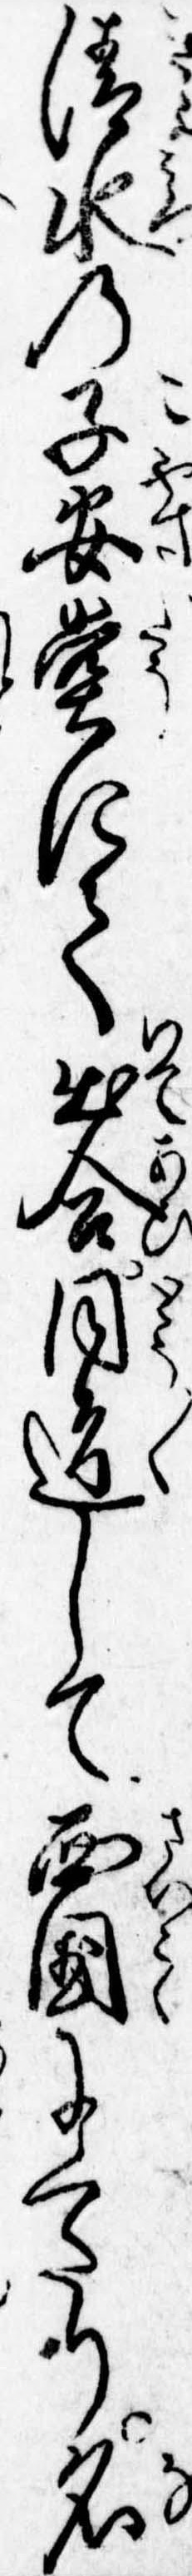
清水の子安堂にて出合同道して西国にくたり名